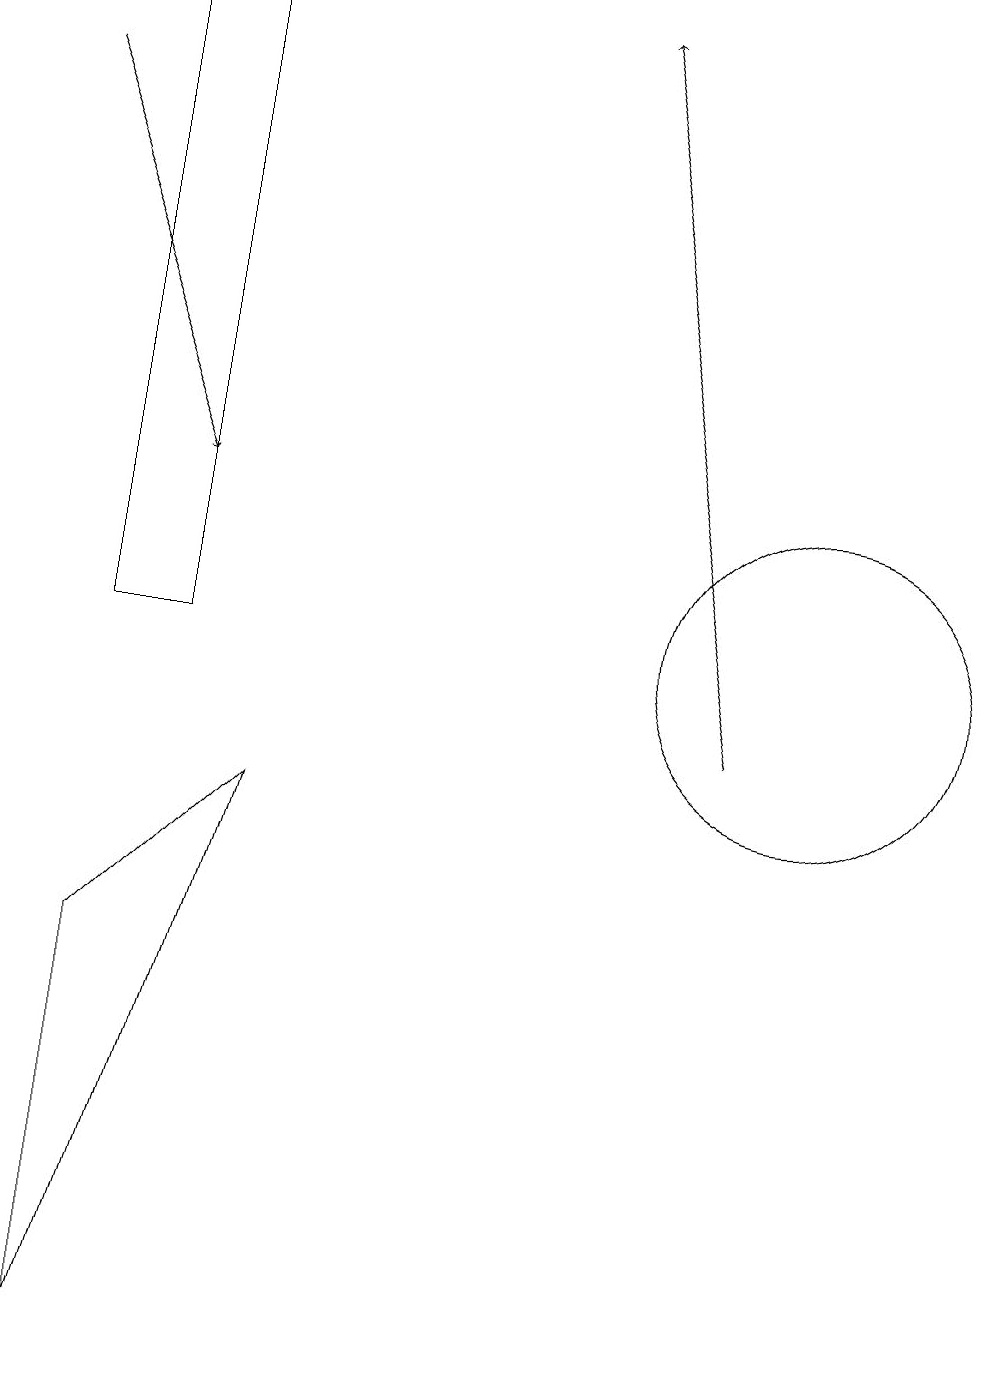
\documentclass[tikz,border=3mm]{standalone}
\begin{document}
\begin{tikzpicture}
\draw[->] (0,18) -- (2,13);
\draw[->] (9,10) -- (7,19);
\draw (1,11) rectangle (2,19);
\draw (1,2) -- (1,7) -- (3,9) -- cycle;
\draw (10,11) circle (2);
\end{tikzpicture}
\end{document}